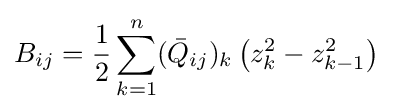
B_{ij}={\frac {1}{2}}\sum _{k=1}^{n}({\bar {Q}}_{ij})_{k}\left(z_{k}^{2}-z_{k-1}^{2}\right)\quad